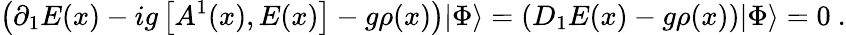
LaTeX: \left(\partial_{1}E(x)-ig\left[A^{1}(x),E(x)\right]-g\rho(x)\right)|\Phi\rangle=\left(D_{1}E(x)-g\rho(x)\right)|\Phi\rangle=0\ .